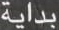
بداية